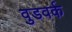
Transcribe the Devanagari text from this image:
वुडवर्क